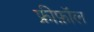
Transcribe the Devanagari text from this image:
फ्रीफ़ॉल